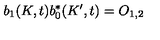
b _ { 1 } ( K , t ) b _ { 0 } ^ { \ast } ( K ^ { \prime } , t ) = O _ { 1 , 2 }